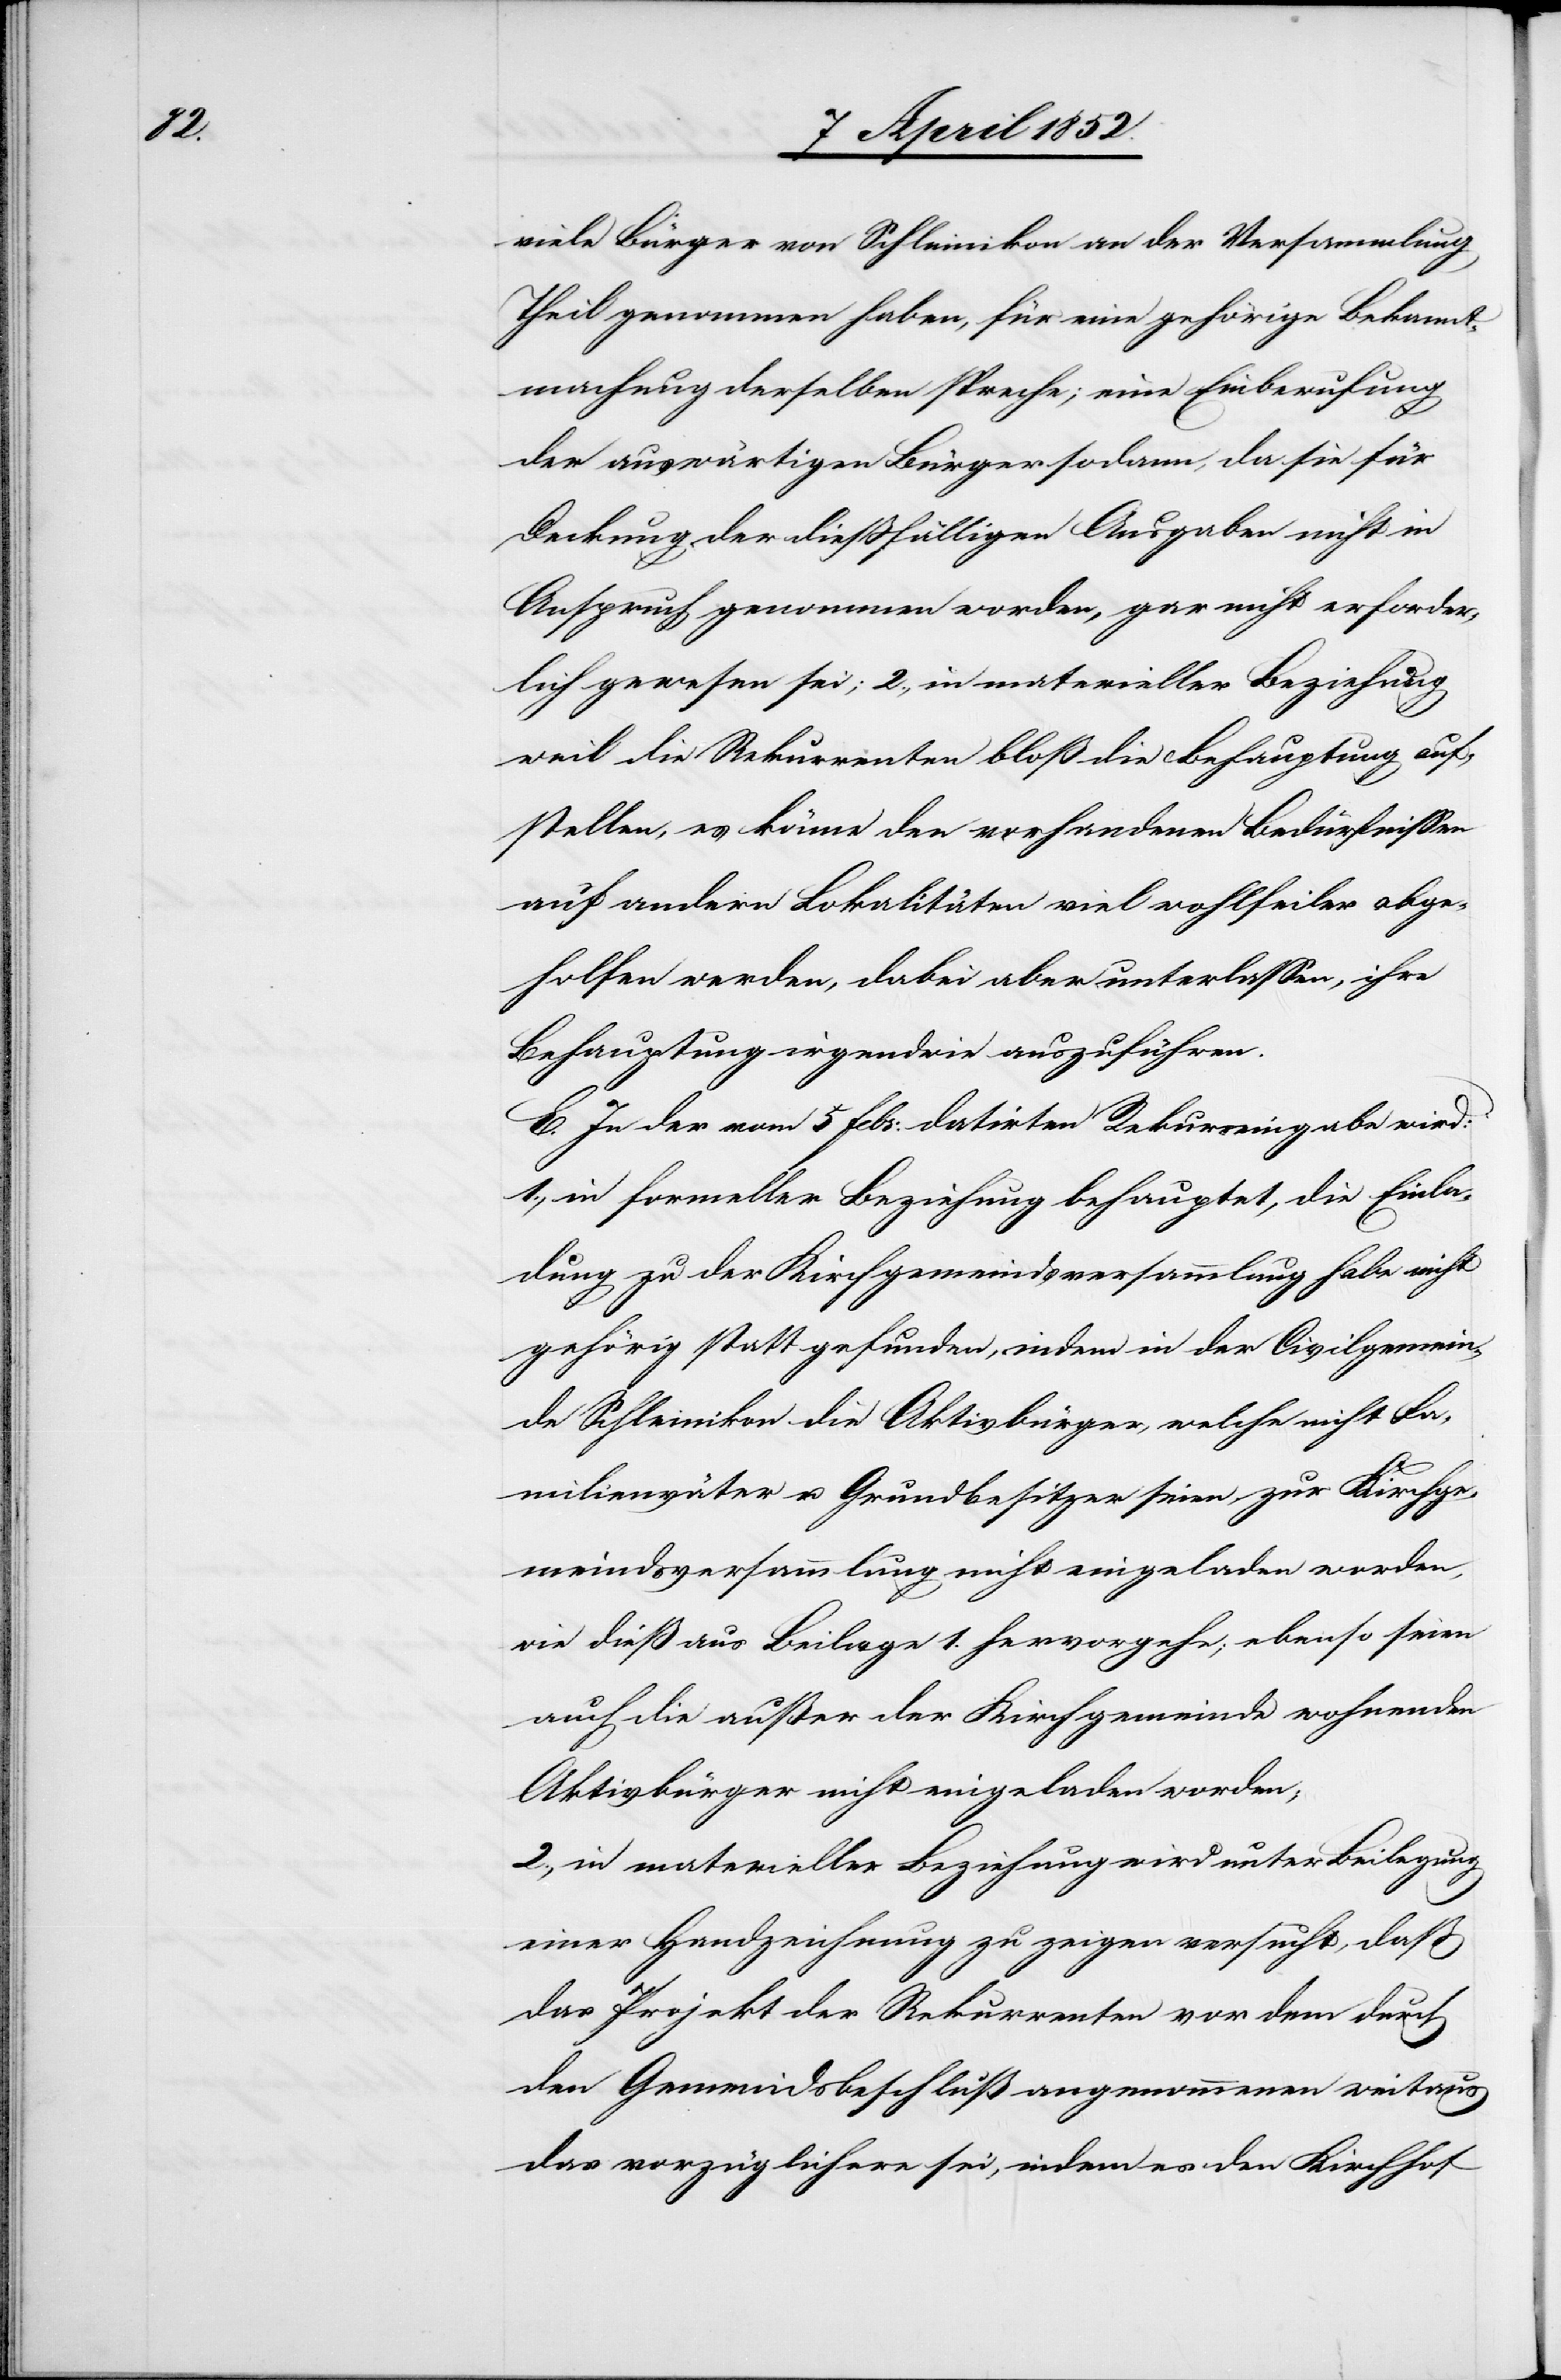
viele Bürger von Schleinikon an der Versammlung
Theil genommen haben, für eine gehörige Bekannt¬
machung derselben spreche; eine Einberufung
der auswärtigen Bürger sodann, da sie für
Deckung der diessfälligen Ausgaben nicht in
Anspruch genommen worden, gar nicht erforder¬
lich gewesen sei; 2., in materieller Beziehung
weil die Rekurrenten bloß die Behauptung auf¬
stellen, es könne den vorhandenen Bedürfnissen
auf andern Lokalitäten viel wohlfeiler abge¬
holfen werden, dabei aber unterlassen, ihre
Behauptung irgendwie auszuführen.
E. In der vom 5 Febr: datirten Rekurseingabe wird:
1., in formeller Beziehung behauptet, die Einla¬
dung zu der Kirchgemeindsversammlung habe nicht
gehörig statt gefunden, indem in der Civilgemein¬
de Schleinikon die Aktivbürger, welche nicht Fa¬
milienväter u. Grundbesitzer seien, zur Kirchge¬
meindsversammlung nicht eingeladen worden,
wie dieß aus Beilage 1. hervorgehe; ebenso seien
auch die außer der Kirchgemeinde wohnenden
Aktivbürger nicht eingeladen worden;
2., in materieller Beziehung wird unter Beilegung
einer Handzeichnung zu zeigen versucht, daß
das Projekt der Rekurrenten vor dem durch
den Gemeindsbeschluß angenommenen weitaus
das vorzüglichere sei, indem es den Kirchhof